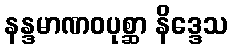
နန္ဒမာဏဝပုစ္ဆာ နိဒ္ဒေသ